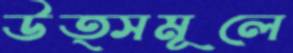
উত্সমূলে